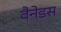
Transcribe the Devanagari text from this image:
वैनेडस